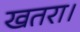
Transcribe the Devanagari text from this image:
खतरा।